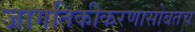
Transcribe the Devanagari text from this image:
जागतिकीकरणासोबतच